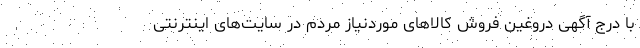
با درج آگهی دروغین فروش کالاهای موردنیاز مردم در سایت‌های اینترنتی